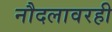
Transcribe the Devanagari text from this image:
नौदलावरही